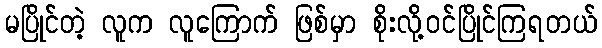
မပြိုင်တဲ့ လူက လူကြောက် ဖြစ်မှာ စိုးလို့ဝင်ပြိုင်ကြရတယ်